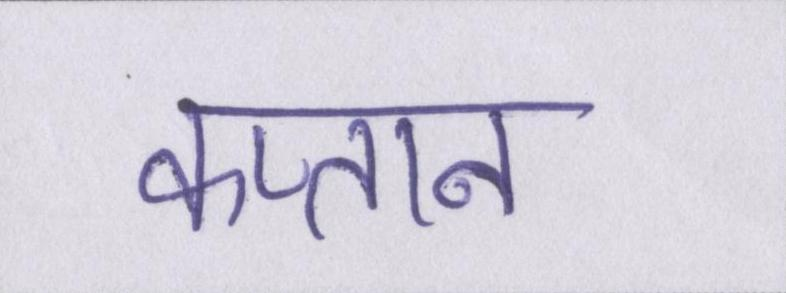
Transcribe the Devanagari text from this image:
कप्तान